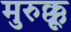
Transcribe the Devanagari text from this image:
मुरुक्कू